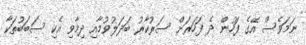
ނަމަވެސް އޭގެ ފަހުން ދެ ފަހަރަށް ސަރުކާރު ބަދަލުވުމާއި ދިމާވި އެކި ސަބަބުތަކާ